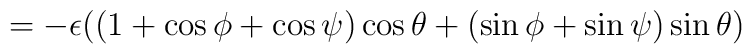
=-\epsilon((1+\cos\phi+\cos\psi)\cos\theta+(\sin\phi+\sin\psi)\sin	\theta)